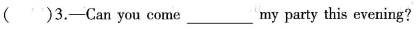
( )3.—Can you come ___my party this evening?